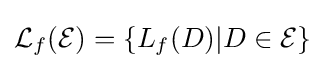
{\mathcal {L}}_{f}({\mathcal {E}})=\{L_{f}(D)|D\in {\mathcal {E}}\}